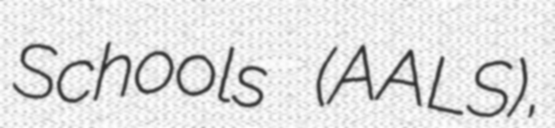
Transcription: Schools (AALS),